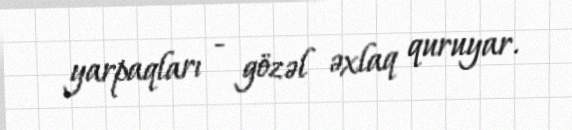
yarpaqları - gözəl əxlaq quruyar.